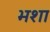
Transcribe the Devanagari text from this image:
भशा